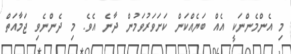
މި އެންމެންނަކީ އެއް ބަޔެއްކަން ކަށަވަރުވަމުން ދާނެ އެވެ. މި ދެންނެވި ޖަމާއަތް